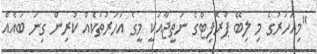
"މިއަހަރުގެ މި ލިބޭ ޕްރޮފިޓްގެ ނަތީޖާއަކީ މީގެ އަހަރުތަކެއް ކުރިން ގިނަ ބައެއް